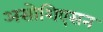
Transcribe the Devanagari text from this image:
असोशिएसन